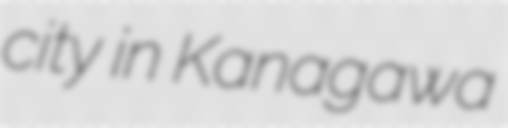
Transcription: city in Kanagawa